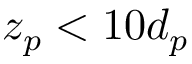
z _ { p } < 1 0 d _ { p }